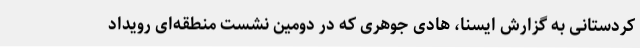
کردستانی به گزارش ایسنا، هادی جوهری که در دومین نشست منطقه‌ای رویداد